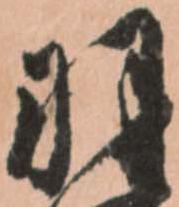
羽